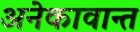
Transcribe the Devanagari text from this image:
अनेकावान्त